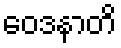
ဝေဒနာတိ